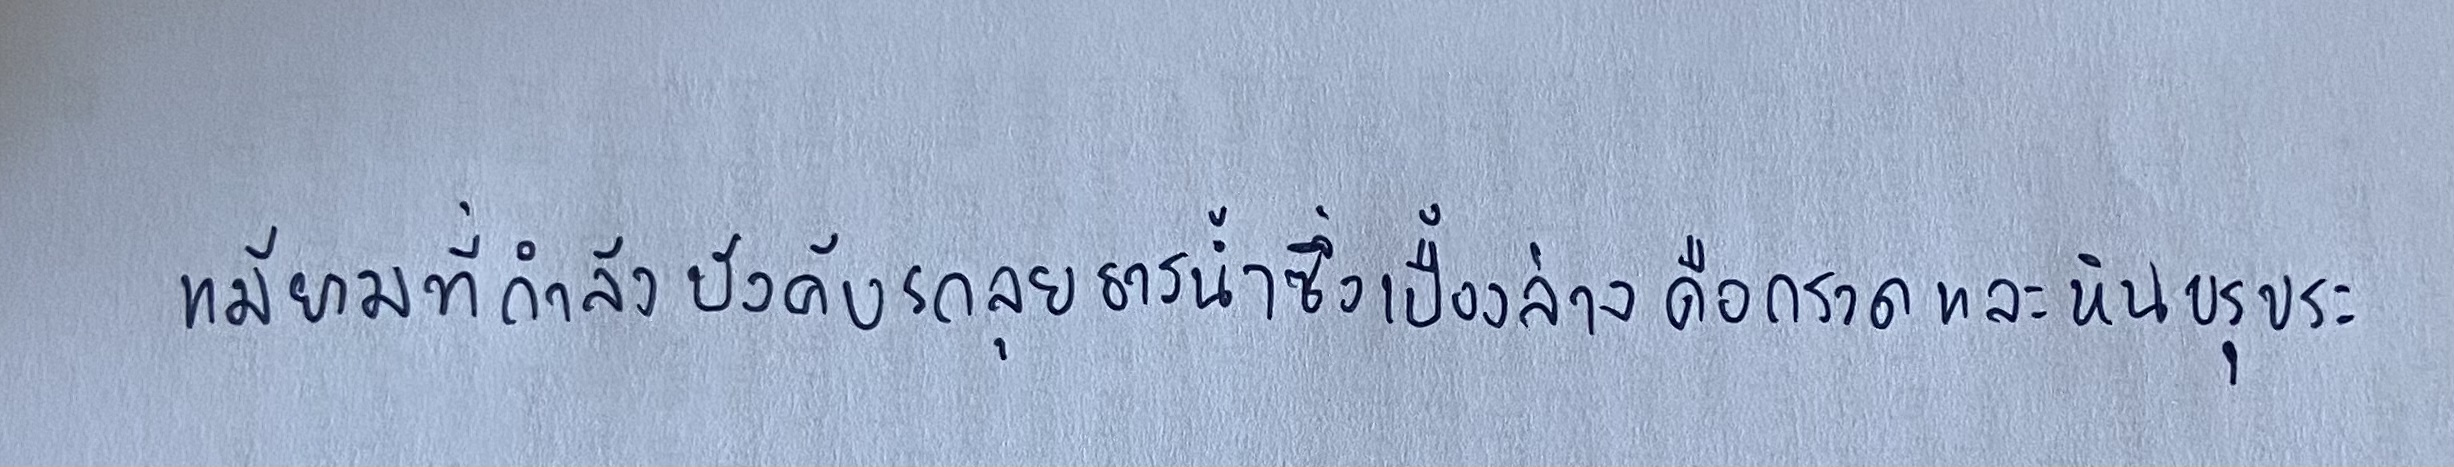
แม้ยามที่กำลังบังคับรถลุยธารน้ำซึ่งเบื้องล่างคือกรวดและหินขรุขระ